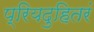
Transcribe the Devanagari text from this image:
प्रियदुहितरं